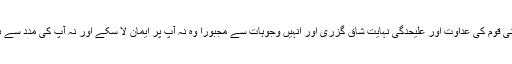
ابو طالب کو اپنی قوم کی عداوت اور علیحدگی نہایت شاق گزری اور انہیں وجوہات سے مجبوراً وہ نہ آپؐ پر ایمان لا سکے اور نہ آپؐ کی مدد سے ہاتھ اٹھا سکے۔